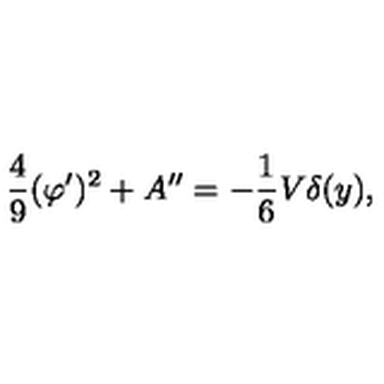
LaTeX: \frac { 4 } { 9 } ( \varphi ^ { \prime } ) ^ { 2 } + A ^ { \prime \prime } = - \frac { 1 } { 6 } V \delta ( y ) ,